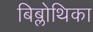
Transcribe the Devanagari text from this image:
बिब्लोथिका